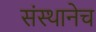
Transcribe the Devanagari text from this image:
संस्थानेच